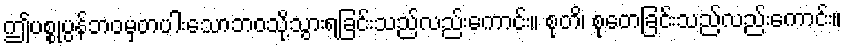
ဤပစ္စုပ္ပန်ဘဝမှတပါးသောဘဝသို့သွားရခြင်းသည်လည်းကောင်း။ စုတိ၊ စုတေခြင်းသည်လည်းကောင်း။